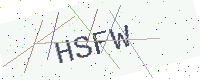
Text: HSFW